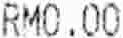
RM0.00